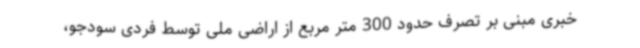
خبری مبنی بر تصرف حدود 300 متر مربع از اراضی ملی توسط فردی سودجو،